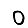
Digit: 0